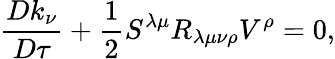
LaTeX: {\frac{Dk_{\nu}}{D\tau}}+{\frac{1}{2}}S^{\lambda\mu}R_{\lambda\mu\nu\rho}V^{\rho}=0,